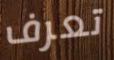
تعرف